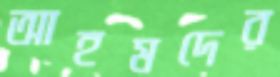
আহমদের